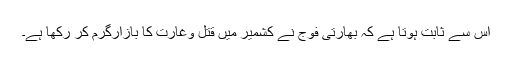
اس سے ثابت ہوتا ہے کہ بھارتی فوج نے کشمیر میں قتل وغارت کا بازارگرم کر رکھا ہے۔